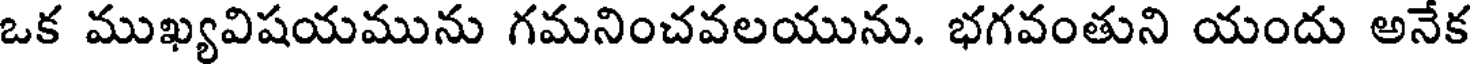
ఒక ముఖ్యవిషయమును గమనించవలయును. భగవంతుని యందు అనేక